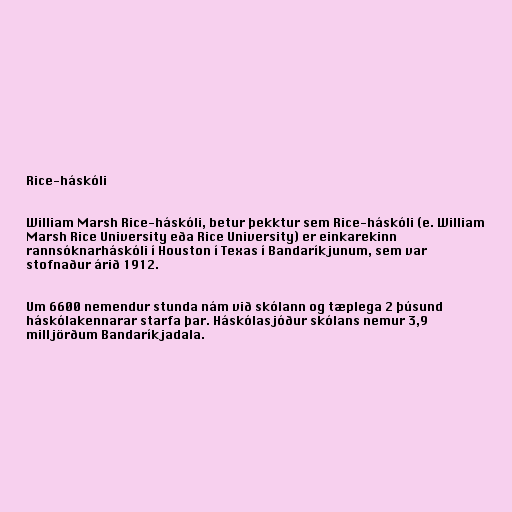
Rice-háskóli

William Marsh Rice-háskóli, betur þekktur sem Rice-háskóli (e. William
Marsh Rice University eða Rice University) er einkarekinn
rannsóknarháskóli í Houston í Texas í Bandaríkjunum, sem var
stofnaður árið 1912.

Um 6600 nemendur stunda nám við skólann og tæplega 2 þúsund
háskólakennarar starfa þar. Háskólasjóður skólans nemur 3,9
milljörðum Bandaríkjadala.